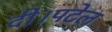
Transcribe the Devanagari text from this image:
दी।पटेल